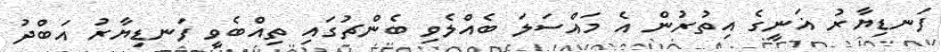
ފަނޑިޔާރު ޣަނީގެ އިތުރުން އެ މައްސަލަ ބެއްލެވި ބެންޗުގައި ތިއްބެވީ ފަނޑިޔާރު އަބްދު